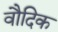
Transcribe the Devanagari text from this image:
वौदिक